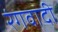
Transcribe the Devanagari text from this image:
रंगवादी